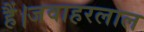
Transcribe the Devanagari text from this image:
हैं।जवाहरलाल